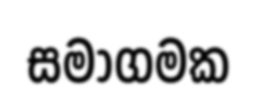
සමාගමක